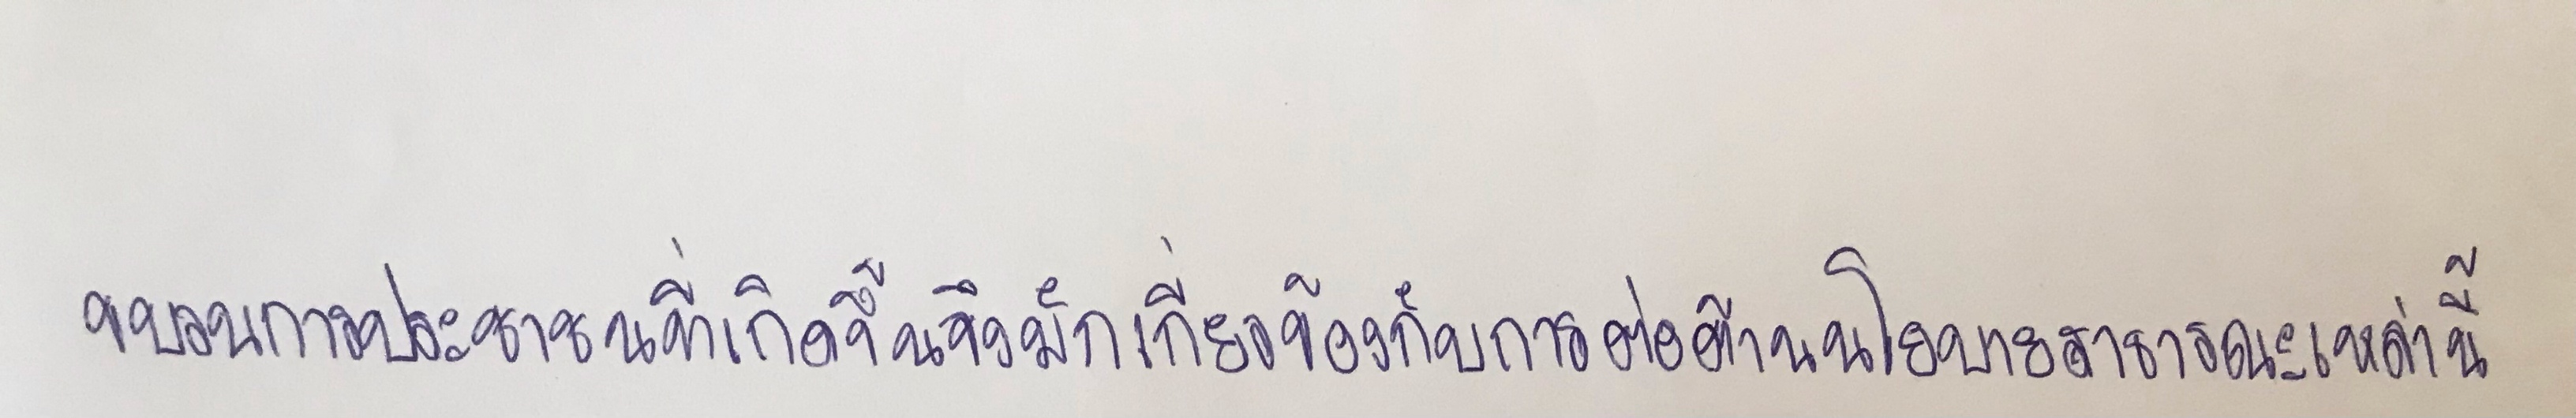
ขบวนการประชาชนที่เกิดขึ้นจึงมักเกี่ยวข้องกับกับการต่อต้านนโยบายสาธารณะเหล่านี้